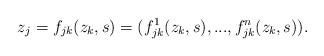
LaTeX: \begin{align*}z_j=f_{jk}(z_k,s)=(f_{jk}^1(z_k,s),...,f_{jk}^n(z_k,s)).\end{align*}